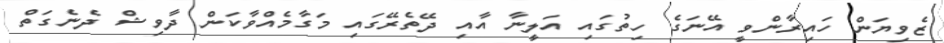
ޒެވިޔަން ހައިރާންވީ އޭނަގެ ހިތުގައި އަލީނާ އާއި ދޭތެރޭގައި މަގާމެއްވާކަން ދާވިޝް ދެނެގަތް